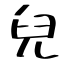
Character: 兒